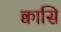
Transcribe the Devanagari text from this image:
क्वासि